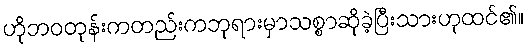
ဟိုဘဝတုန်းကတည်းကဘုရားမှာသစ္စာဆိုခဲ့ပြီးသားဟုထင်၏။